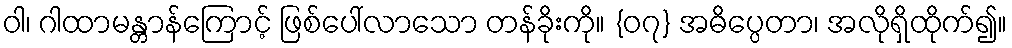
ဝါ၊ ဂါထာမန္တာန်ကြောင့် ဖြစ်ပေါ်လာသော တန်ခိုးကို။ {၀၇} အဓိပ္ပေတာ၊ အလိုရှိထိုက်၍။